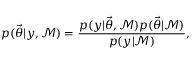
p ( \ensuremath { \vec { \theta } } | y , \mathcal { M } ) = \frac { p ( y | \ensuremath { \vec { \theta } } , \mathcal { M } ) p ( \ensuremath { \vec { \theta } } | \mathcal { M } ) } { p ( y | \mathcal { M } ) } ,